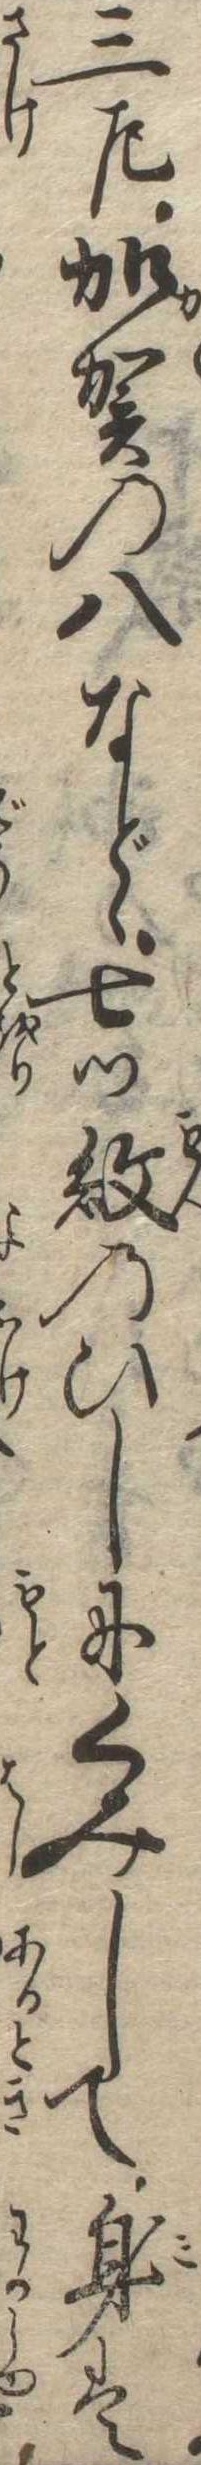
三左加賀の八などゝ七つ紋のひしにくみして身は